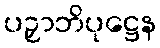
ပဉှာဘိပုဋ္ဌေန